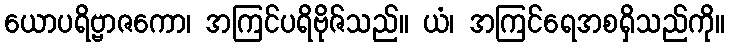
ယောပရိဗ္ဗာဇကော၊ အကြင်ပရိဗိုဇ်သည်။ ယံ၊ အကြင်ရေအစရှိသည်ကို။